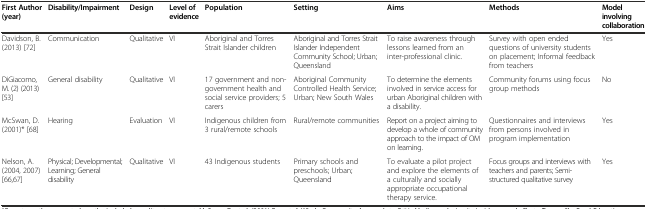
| First Author (year) | Disability/Impairment | Design | Level of evidence | Population | Setting | Aims | Methods | Model involving collaboration |
 | --- | --- | --- | --- | --- | --- | --- | --- | --- |
 | Davidson, B. (2013) [72] | Communication | Qualitative | VI | Aboriginal and Torres Strait Islander children | Aboriginal and Torres Strait Islander Independent Community School; Urban; Queensland | To raise awareness through lessons learned from an inter-professional clinic. | Survey with open ended questions of university students on placement; Informal feedback from teachers | Yes |
 | DiGiacomo, M. (2) (2013) [53] | General disability | Qualitative | VI | 17 government and non-government health and social service providers; 5 carers | Aboriginal Community Controlled Health Service; Urban; New South Wales | To determine the elements involved in service access for urban Aboriginal children with a disability. | Community forums using focus group methods | No |
 | McSwan, D. (2001)* [68] | Hearing | Evaluation | VI | Indigenous children from 3 rural/remote schools | Rural/remote communities | Report on a project aiming to develop a whole of community approach to the impact of OM on learning. | Questionnaires and interviews from persons involved in program implementation | Yes |
 | Nelson, A. (2004, 2007) [66,67] | Physical; Developmental; Learning; General disability | Qualitative | VI | 43 Indigenous students | Primary schools and preschools; Urban; Queensland | To evaluate a pilot project and explore the elements of a culturally and socially appropriate occupational therapy service. | Focus groups and interviews with teachers and parents; Semi-structured qualitative survey | Yes |